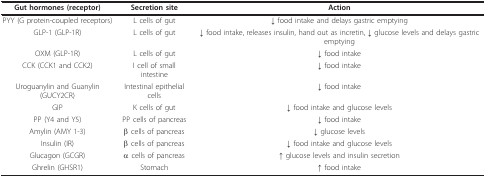
| Gut hormones (receptor) | Secretion site | Action |
 | --- | --- | --- |
 | PYY (G protein-coupled receptors) | L cells of gut | ↓ food intake and delays gastric emptying |
 | GLP-1 (GLP-1R) | L cells of gut | ↓ food intake, releases insulin, hand out as incretin, ↓ glucose levels and delays gastric emptying |
 | OXM (GLP-1R) | L cells of gut | ↓ food intake |
 | CCK (CCK1 and CCK2) | I cell of small intestine | ↓ food intake |
 | Uroguanylin and Guanylin (GUCY2CR) | Intestinal epithelial cells | ↓ food intake |
 | GIP | K cells of gut | ↓ food intake and glucose levels |
 | PP (Y4 and Y5) | PP cells of pancreas | ↓ food intake |
 | Amylin (AMY 1-3) | β cells of pancreas | ↓ glucose levels |
 | Insulin (IR) | β cells of pancreas | ↓ food intake and glucose levels |
 | Glucagon (GCGR) | α cells of pancreas | ↑ glucose levels and insulin secretion |
 | Ghrelin (GHSR1) | Stomach | ↑ food intake |